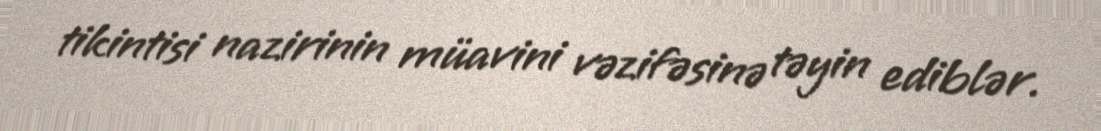
tikintisi nazirinin müavini vəzifəsinə təyin ediblər.